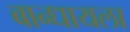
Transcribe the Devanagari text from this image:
बान्धायला